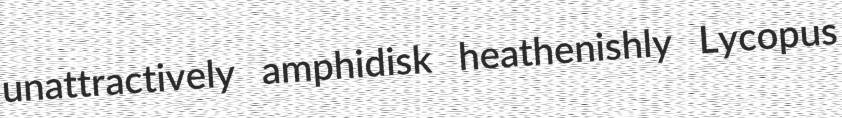
unattractively amphidisk heathenishly Lycopus